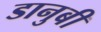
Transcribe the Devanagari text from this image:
डानुबी